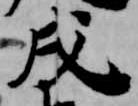
戌